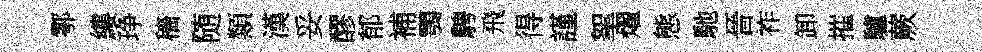
鄠縷琤穡随類漢妥醪郁補鶚騁飛得謹挐燿態馳晉祚卸摧驢蕨